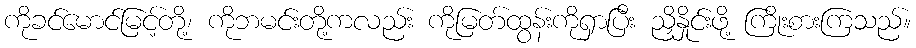
ကိုခင်မောင်မြင့်တို့၊ ကိုဘမင်းတို့ကလည်း ကိုမြတ်ထွန်းကိုရှာပြီး ညှိနှိုင်းဖို့ ကြိုးစားကြသည်။